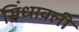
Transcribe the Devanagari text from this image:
सिंधावली